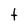
Character: t